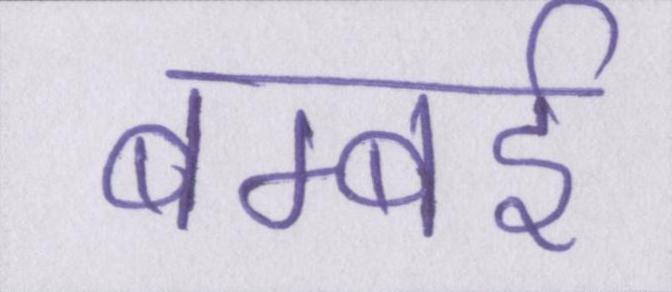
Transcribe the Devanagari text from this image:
बम्बर्इ